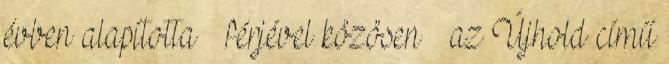
évben alapította – férjével közösen – az Újhold című